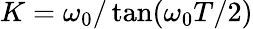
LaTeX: K=\omega_{0}/\tan(\omega_{0}T/2)